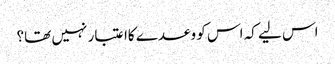
اس لیے کہ اس کو وعدے کاا عتبار نہیں تھا؟